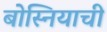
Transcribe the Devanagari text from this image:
बोस्नियाची